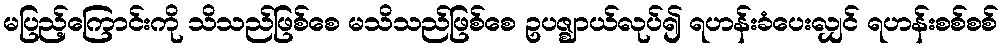
မပြည့်ကြောင်းကို သိသည်ဖြစ်စေ မသိသည်ဖြစ်စေ ဥပဇ္ဈာယ်လုပ်၍ ရဟန်းခံပေးလျှင် ရဟန်းစစ်စစ်